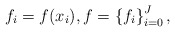
\begin{align*}f_i=f(x_i), f=\left\{f_i\right\}_{i=0}^{J},\end{align*}